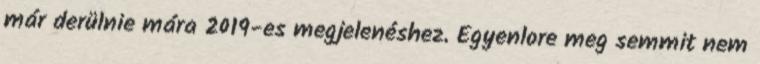
már derülnie mára 2019-es megjelenéshez. Egyenlore meg semmit nem